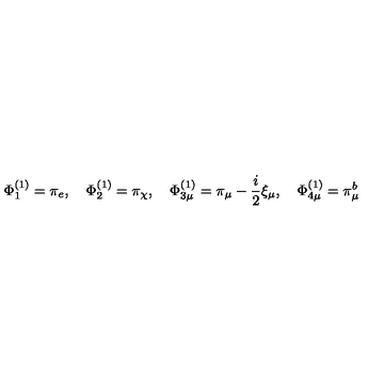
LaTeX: \Phi _ { 1 } ^ { ( 1 ) } = \pi _ { e } , \quad \Phi _ { 2 } ^ { ( 1 ) } = \pi _ { \chi } , \quad \Phi _ { 3 \mu } ^ { ( 1 ) } = \pi _ { \mu } - \frac { i } { 2 } \xi _ { \mu } , \quad \Phi _ { 4 \mu } ^ { ( 1 ) } = \pi _ { \mu } ^ { b }